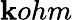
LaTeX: \mathbf{k}ohm